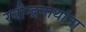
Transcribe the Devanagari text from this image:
रवीन्द्रनाथांना